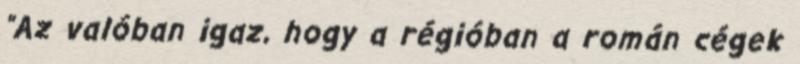
"Az valóban igaz, hogy a régióban a román cégek